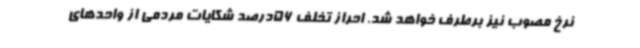
نرخ مصوب نیز برطرف خواهد شد. احراز تخلف 56درصد شکایات مردمی از واحدهای